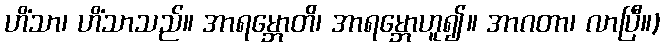
ဟိံသာ၊ ဟိံသာသည်။ အာရမ္ဘောတိ၊ အာရမ္ဘောဟူ၍။ အာဂတာ၊ လာပြီ။)